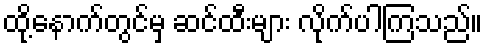
ထို့နောက်တွင်မှ ဆင်ထီးများ လိုက်ပါကြသည်။